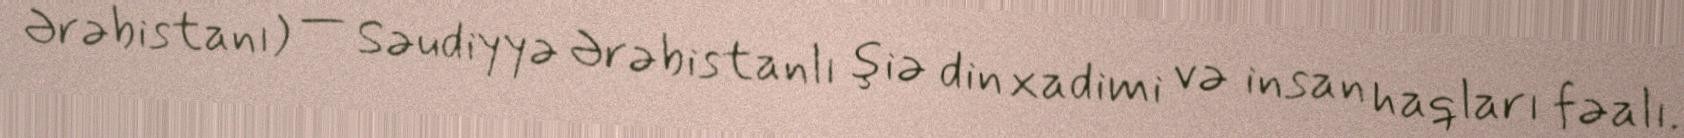
Ərəbistanı) — Səudiyyə Ərəbistanlı şiə din xadimi və insan haqları fəalı.